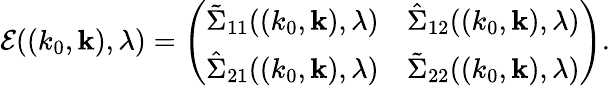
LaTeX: {\cal E}((k_{0},{\mathbf k}),\lambda)=\left(\begin{array}{ll}{\tilde{\Sigma}_{11}((k_{0},{\mathbf k}),\lambda)}&{\hat{\Sigma}_{12}((k_{0},{\mathbf k}),\lambda)}\\ {\hat{\Sigma}_{21}((k_{0},{\mathbf k}),\lambda)}&{\tilde{\Sigma}_{22}((k_{0},{\mathbf k}),\lambda)}\end{array}\right).